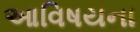
આવિષયના